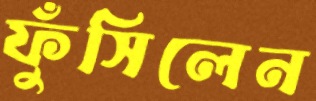
ফুঁসিলেন